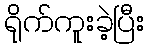
ရိုက်ကူးခဲ့ပြီး